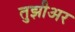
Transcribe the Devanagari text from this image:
तुझीअर